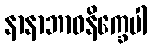
နာနာဘာဝနိက္ခေပါ